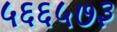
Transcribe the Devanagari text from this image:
५६६५७३